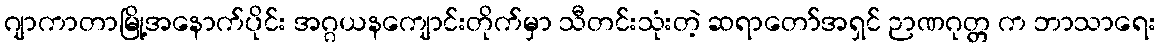
ဂျာကာတာမြို့အနောက်ပိုင်း အဂ္ဂယနကျောင်းတိုက်မှာ သီတင်းသုံးတဲ့ ဆရာတော်အရှင် ဉာဏဂုတ္တ က ဘာသာရေး